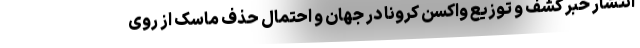
انتشار خبر کشف و توزیع واکسن کرونا در جهان و احتمال حذف ماسک از روی